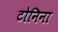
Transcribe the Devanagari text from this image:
टोनिना